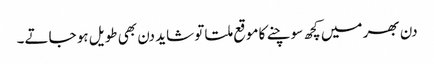
دن بھر میں کچھ سوچنے کا موقع ملتا تو شاید دن بھی طویل ہو جاتے۔